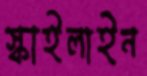
স্কাইলাইন